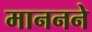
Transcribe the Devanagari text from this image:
माननने